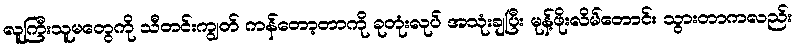
လူကြီးသူမတွေကို သီတင်းကျွတ် ကန်တော့တာကို ခုတုံးလုပ် အသုံးချပြီး မုန့်ဖိုးလိမ်တောင်း သွားတာကလည်း